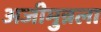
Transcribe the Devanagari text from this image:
अजीमुन्नला